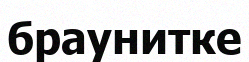
браунитке